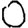
Digit: 0